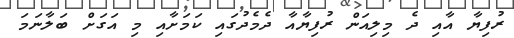
ރުފިޔާ އާއި ދެ މިލިއަން ރުފިޔާއާ ދެމެދުގައި ކަމަށާއި މި އަގަށް ބަލާނަމަ